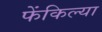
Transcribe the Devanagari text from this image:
फेंकिल्या